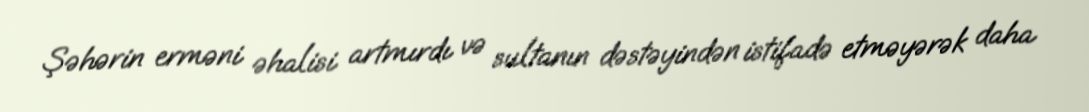
Şəhərin erməni əhalisi artmırdı və sultanın dəstəyindən istifadə etməyərək daha